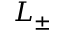
L _ { \pm }